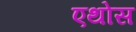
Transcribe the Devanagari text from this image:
एथोस